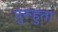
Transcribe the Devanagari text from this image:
पुरूहुता